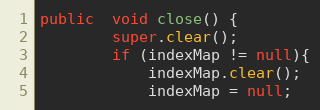
Language: Java
public  void close() {
		super.clear();
		if (indexMap != null){
			indexMap.clear();
			indexMap = null;